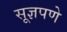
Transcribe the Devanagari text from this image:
सूज्ञपणे